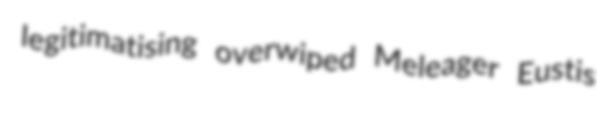
legitimatising overwiped Meleager Eustis